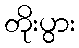
တိုးပွား